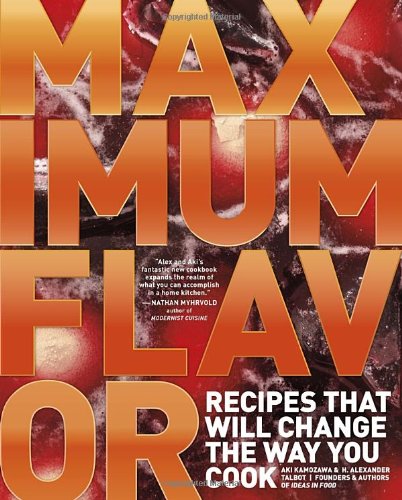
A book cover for Maximum Flavor: Recipes That Will Change the Way You Cook; Aki Kamozawa; Reference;